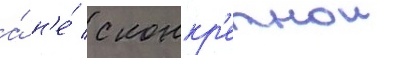
а́ н'е́ с конкр'етнои